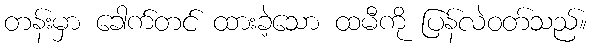
တန်းမှာ ခေါက်တင် ထားခဲ့သော ထမီကို ပြန်လဲဝတ်သည်။